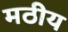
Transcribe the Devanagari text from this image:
मठीय